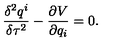
\frac { \delta ^ { 2 } q ^ { i } } { \delta \tau ^ { 2 } } - \frac { \partial V } { \partial q _ { i } } = 0 .